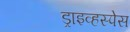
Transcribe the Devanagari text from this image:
ड्राइव्हस्पेस